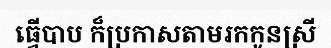
ធ្វើបាប ក៏ប្រកាសតាមរកកូនស្រី